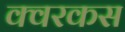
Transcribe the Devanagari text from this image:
क्वरकस